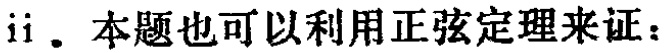
ii. 本题也可以利用正弦定理来证：